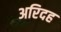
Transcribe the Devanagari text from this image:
अरिदह